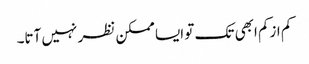
کم ازکم ابھی تک تو ایسا ممکن نظر نہیں آتا۔